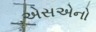
એસએનો